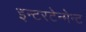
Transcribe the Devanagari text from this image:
इन्टरटेन्मेन्ट